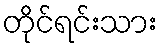
တိုင်ရင်းသား